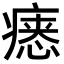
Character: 𪽷